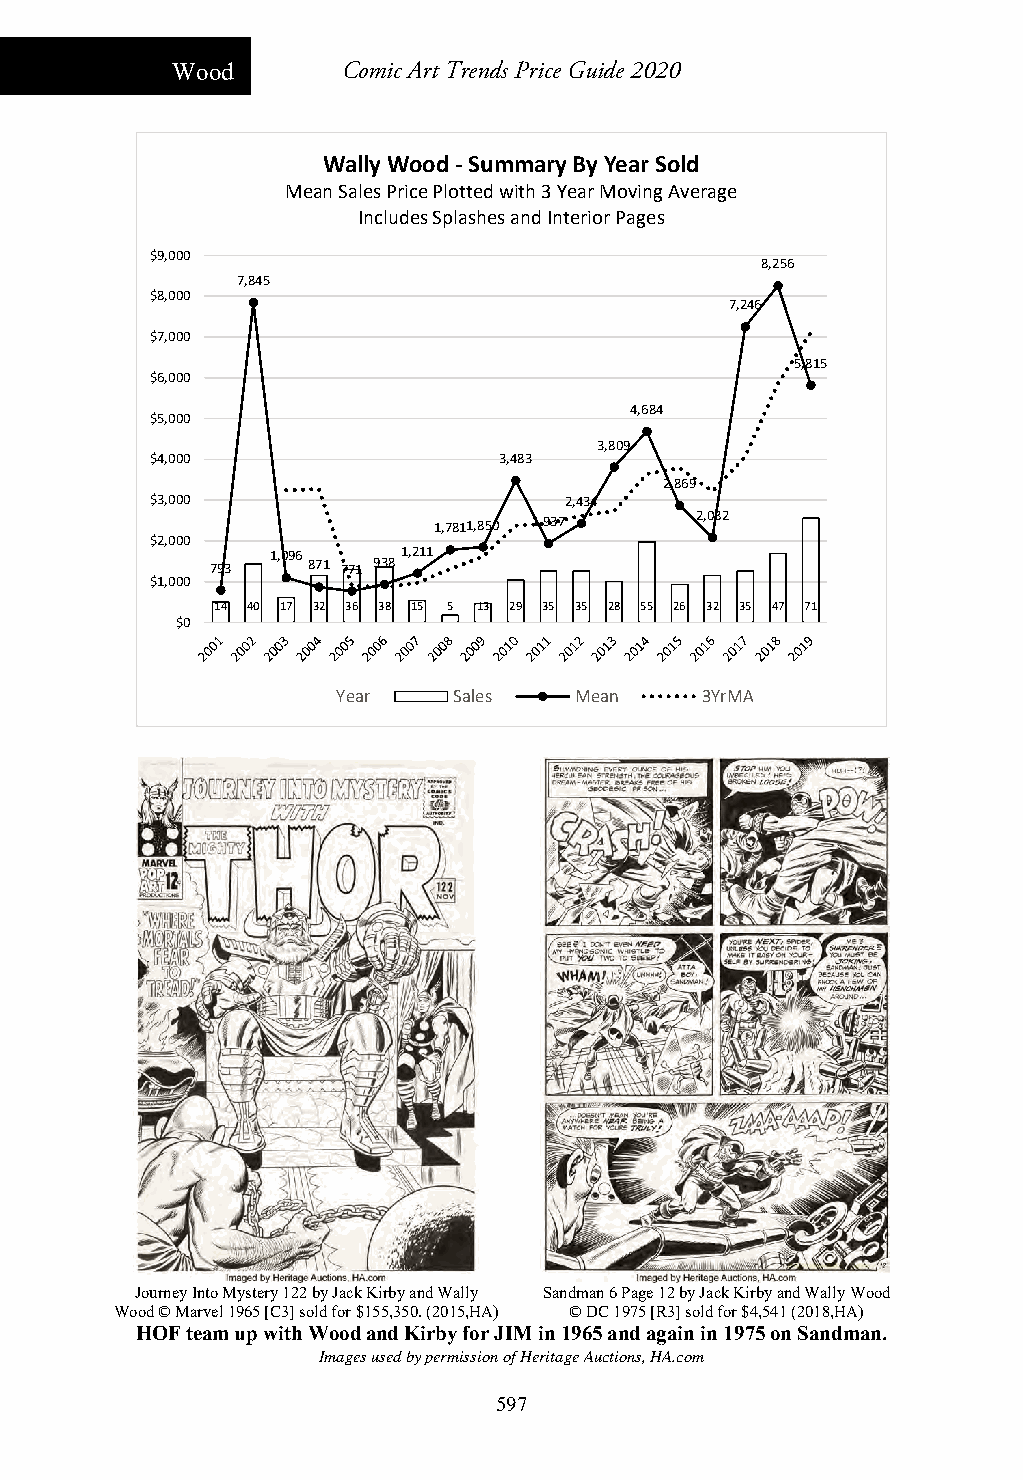
Wood        Comic Art Trends Price Guide 2020
 Wally Wood ‐Summary By Year Sold
 Mean Sales Price Plotted with 3 Year Moving Average
 Includes Splashes and Interior Pages
 $9,000
 8,256
 7,845
 $8,000
 7,246
 $7,000
 5,815
 $6,000
 4,684
 $5,000
 3,809
 $4,000                 3,483
 2,869
 $3,000                     2,434
 1,7811,850 1,937 2,082
 $2,000
 1,096    1,211
 793   871 771 938
 $1,000
 14 40 17 32 36 38 15 5 13 29 35 35 28 55 26 32 35 47 71
 $0
 Year    Sales   Mean    3YrMA
 Journey Into Mystery 122 by Jack Kirby and Wally Sandman 6 Page 12 by Jack Kirby and Wally Wood
 Wood © Marvel 1965 [C3] sold for $155,350. (2015,HA) © DC 1975 [R3] sold for $4,541 (2018,HA)
 HOF team up with Wood and Kirby for JIM in 1965 and again in 1975 on Sandman.
 Images used by permission of Heritage Auctions, HA.com
 597